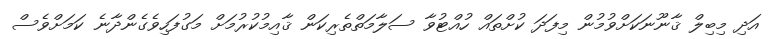
އަދި މިބިލް ޤާނޫނަކަށްވުމުން މިފަދަ ކުށްތައް ހުއްޓުވާ ސަލާމަތްތެރިކަން ޤާއިމުކުރުމަށް މަގުފަހިވެގެންދާނެ ކަމަށްވެސް